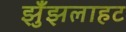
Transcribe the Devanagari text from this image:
झुँझलाहट